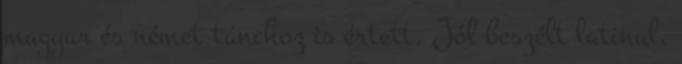
magyar és német tánchoz is értett. Jól beszélt latinul,